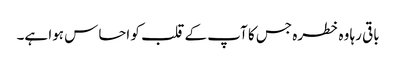
باقی رہا وہ خطرہ جس کا آپ کے قلب کو احساس ہوا ہے۔